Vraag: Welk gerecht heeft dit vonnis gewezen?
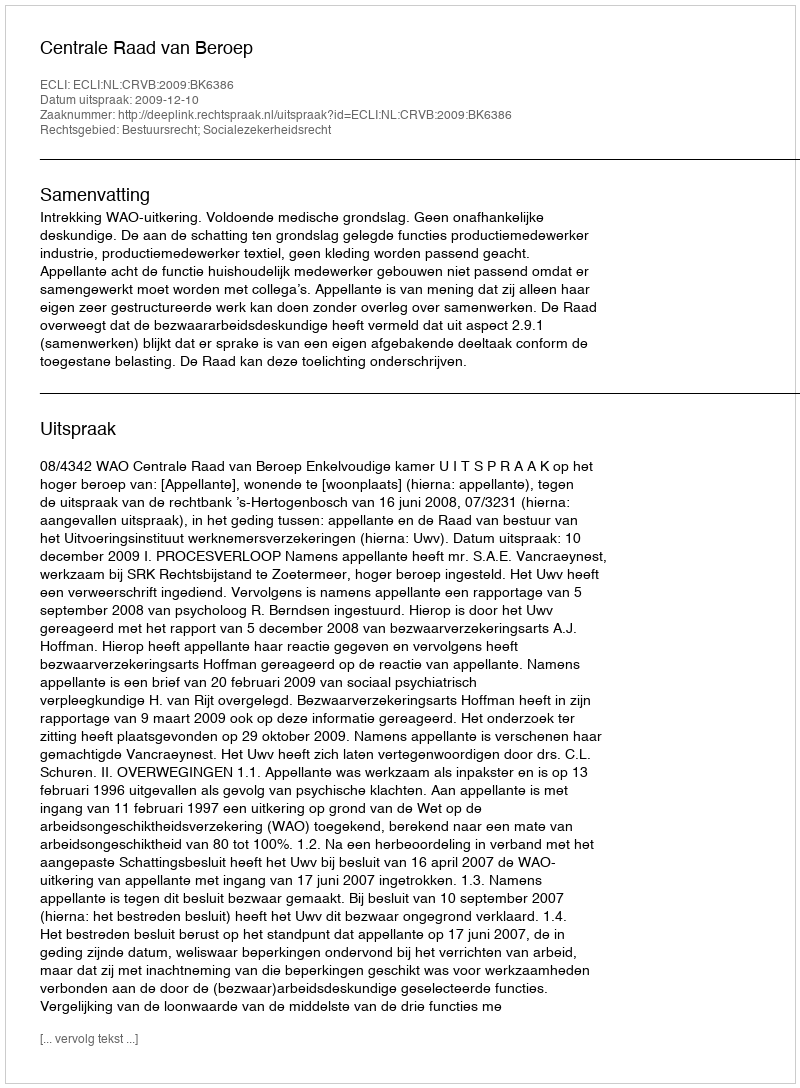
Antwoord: Centrale Raad van Beroep